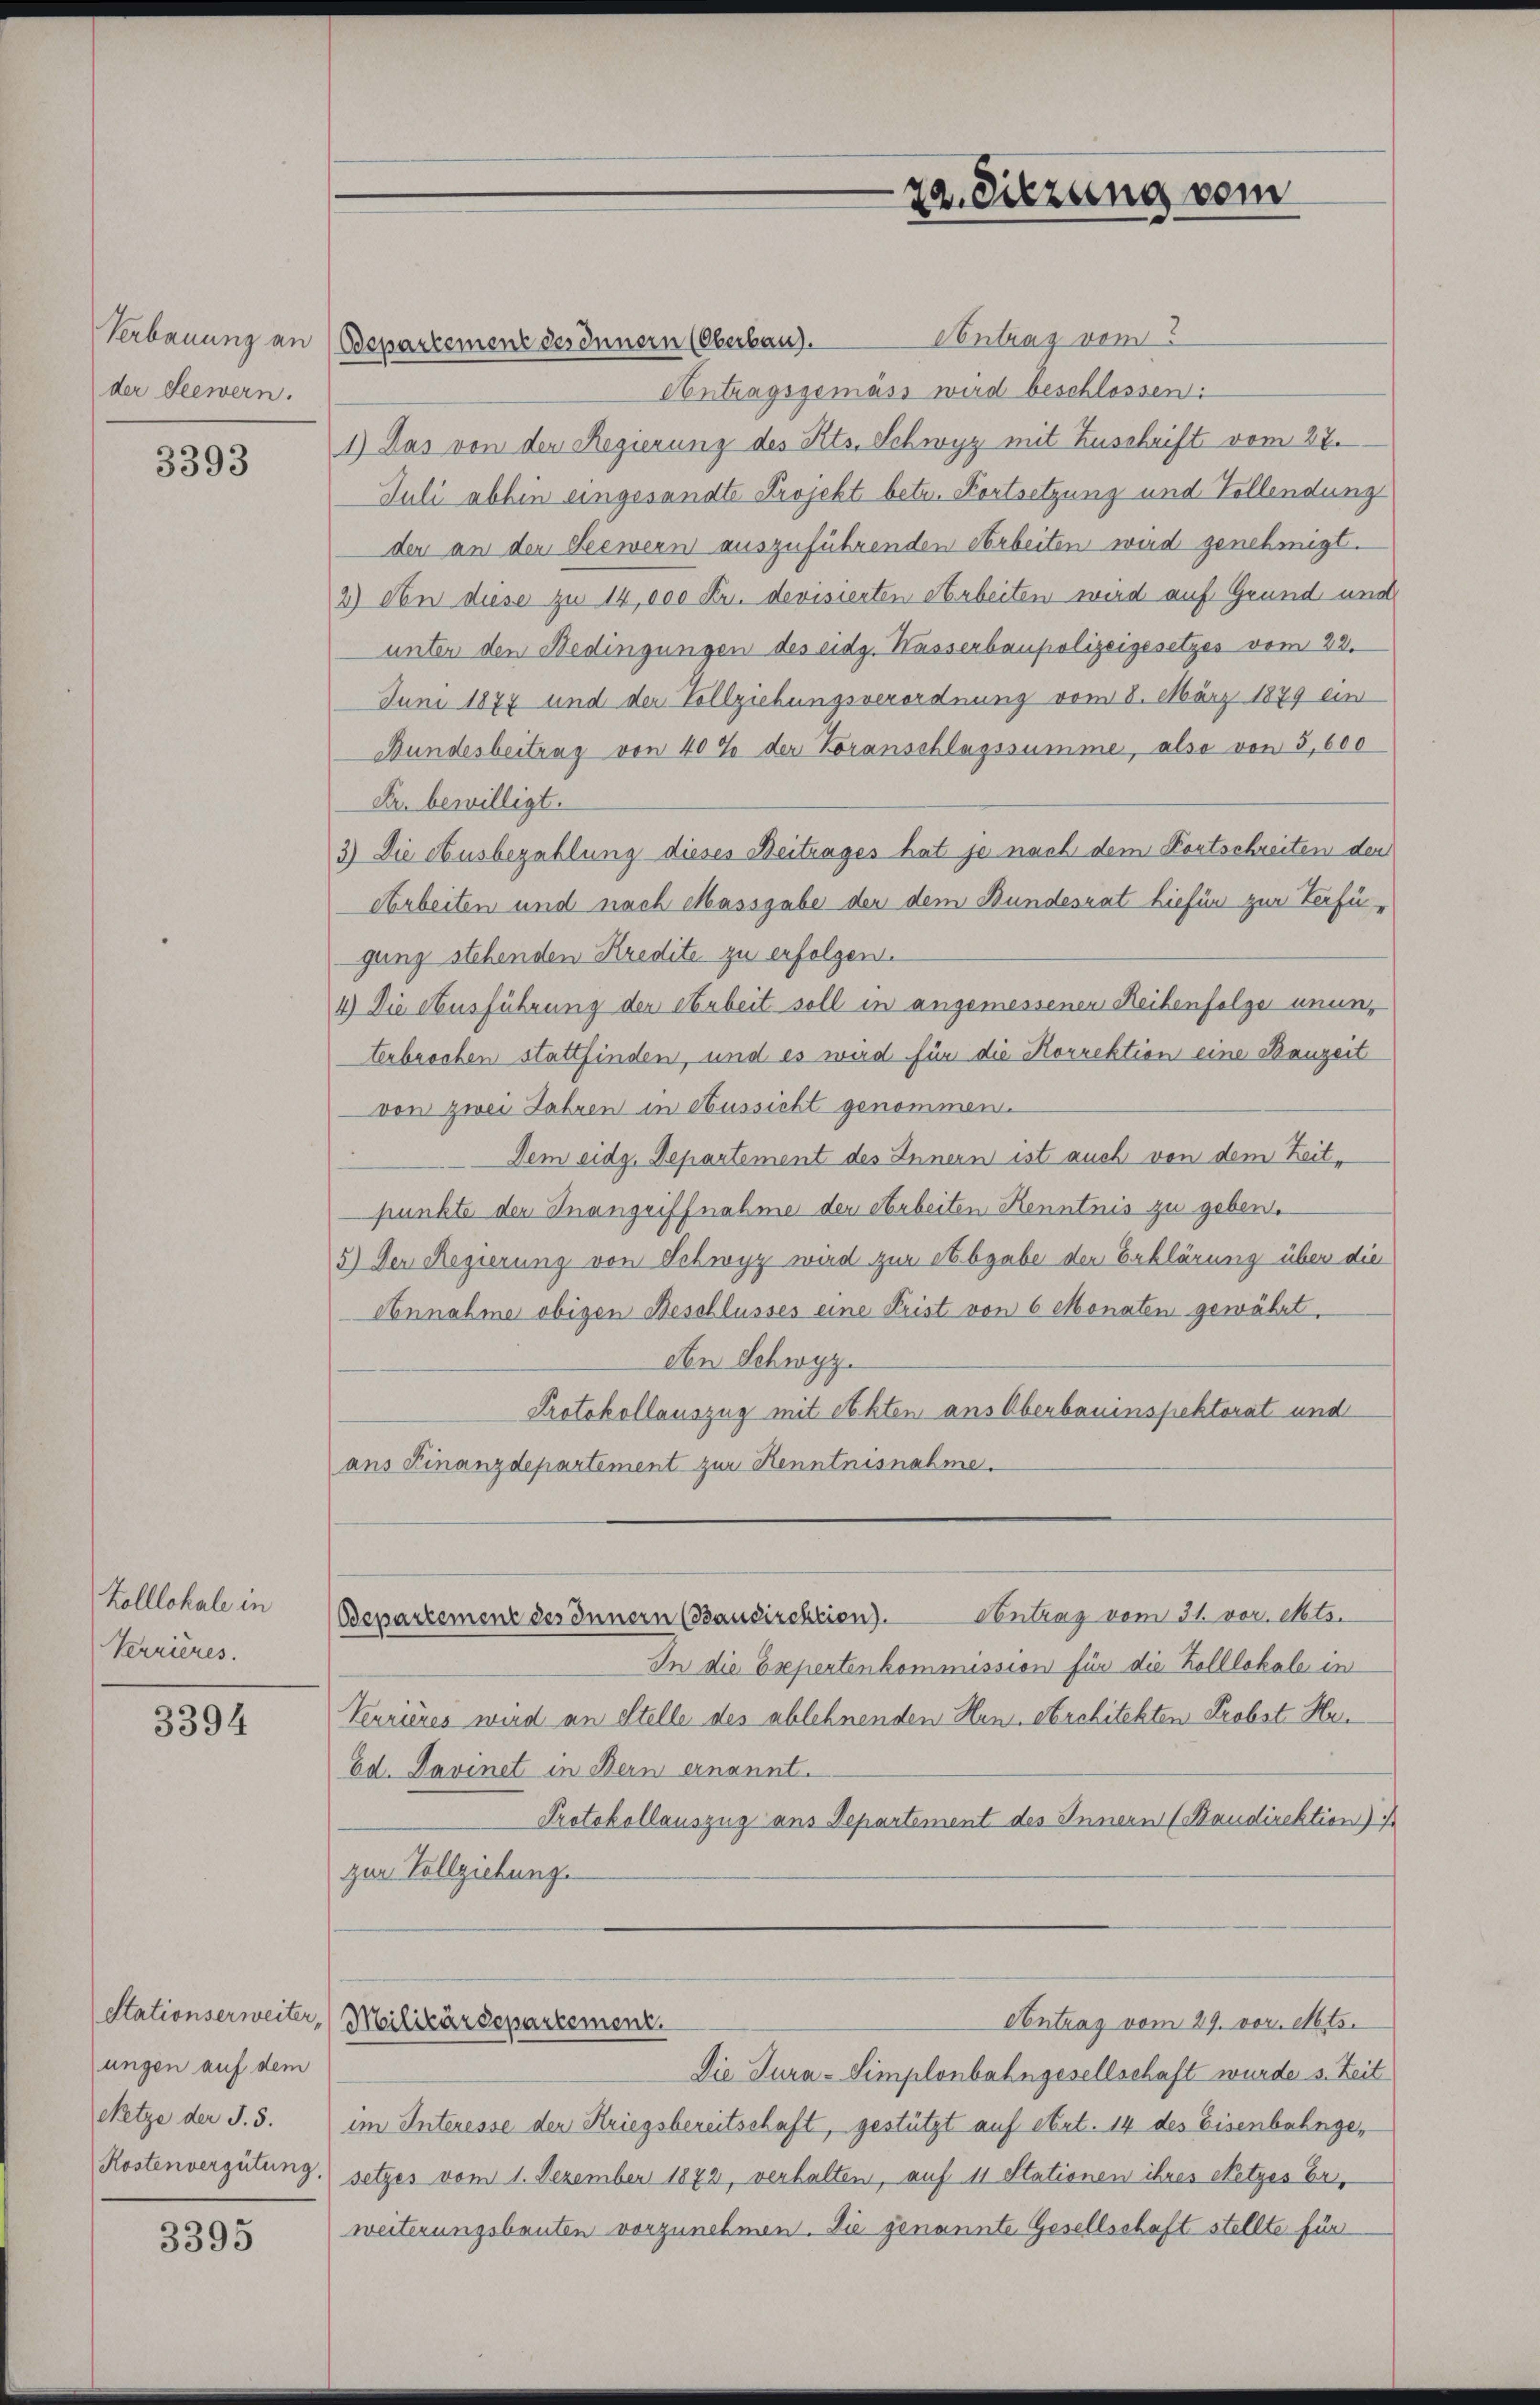
der Seewern.

3393

Kolllokale in
Verrieres.

3394

ungen auf dem

3395

Contrag vom
Verbauung an (Bepartement des Innern (Oberbau).
Antragsgemäss wird beschlossen:
1) Das von der Regierung des Kts. Schwyz mit Zuschrift vom 27.
Juli abhin eingesandte Projekt betr. Fortsetzung und Vollendung
der an der Seewern auszuführenden Arbeiten wird genehmigt.
2) An diese zu 14,000 Fr. devisierten Arbeiten wird auf Grund und
unter den Bedingungen des eidg. Kasserbaupolizeigesetzes vom 22.
Juni 1874 und der Vollziehungsverordnung vom 8. März 1879 ein
Bundesbeitrag von 40 % der Voranschlagssumme, also von 5,600
Fr. bewilligt.
3) Die Ausbezahlung dieses Beitrages hat je nach dem Kortschreiten der
Arbeiten und nach Massgabe der dem Bundesrat hiefür zur Verfügung stehenden Kredite zu erfolgen.
4) Die Ausführung der Arbeit soll in angemessener Reihenfolger ununterbrochen stattfinden, und es wird für die Korrektion eine Bauzeit
von zwei Jahren in Aussicht genommen.
Dem eidg. Departement des Innern ist auch von dem Zeitpunkte der Inangriffnahme der Arbeiten Kenntnis zu geben.
5.) Der Regierung von Schwyz wird zur Abgabe der Erklärung über die
Annahme obigen Beschlusses eine Frist von 6 Monaten gewährt.
An Schwyz.
Protokollauszug mit Sekten ans Oberbauinspektorat und
ans Finanzdepartement zur Kenntnisnahme.
Antrag vom 31. vor. Mts.
Bepartement des Innern (Baudirektion).
In die Esepertenkommission für die Kolllokale in
Verrieres wird an Stelle des ablehnenden Hen-Architekten Probst Hr.
Ed. Davinet in Bern ernannt.
Protokollauszug aus Departement des Innern (Baudirektion) i
zur Vollziehung.
Stationserweiter, (Meilikärdepartement.
Contrag vom 29. vor. Mts.
Die Tura-Simplonbahngesellschaft wurde s. Zeit
Netze der S. 5. im Interesse der Kriegsbereitschaft, gestützt auf Art. 14 des Eisenbahnge¬
Kostenvergütung) setzes vom 1. Dezember 1872, verhalten, auf 11 Stationen ihres Netzes Er,
weiterungsbauten vorzunehmen. Die genannte Gesellschaft stellte für

22. Sitzung vom